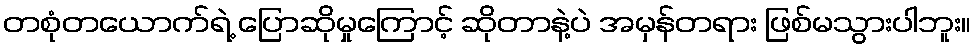
တစုံတယောက်ရဲ့ ပြောဆိုမှုကြောင့် ဆိုတာနဲ့ပဲ အမှန်တရား ဖြစ်မသွားပါဘူး။